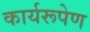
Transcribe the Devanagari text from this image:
कार्यरूपेण